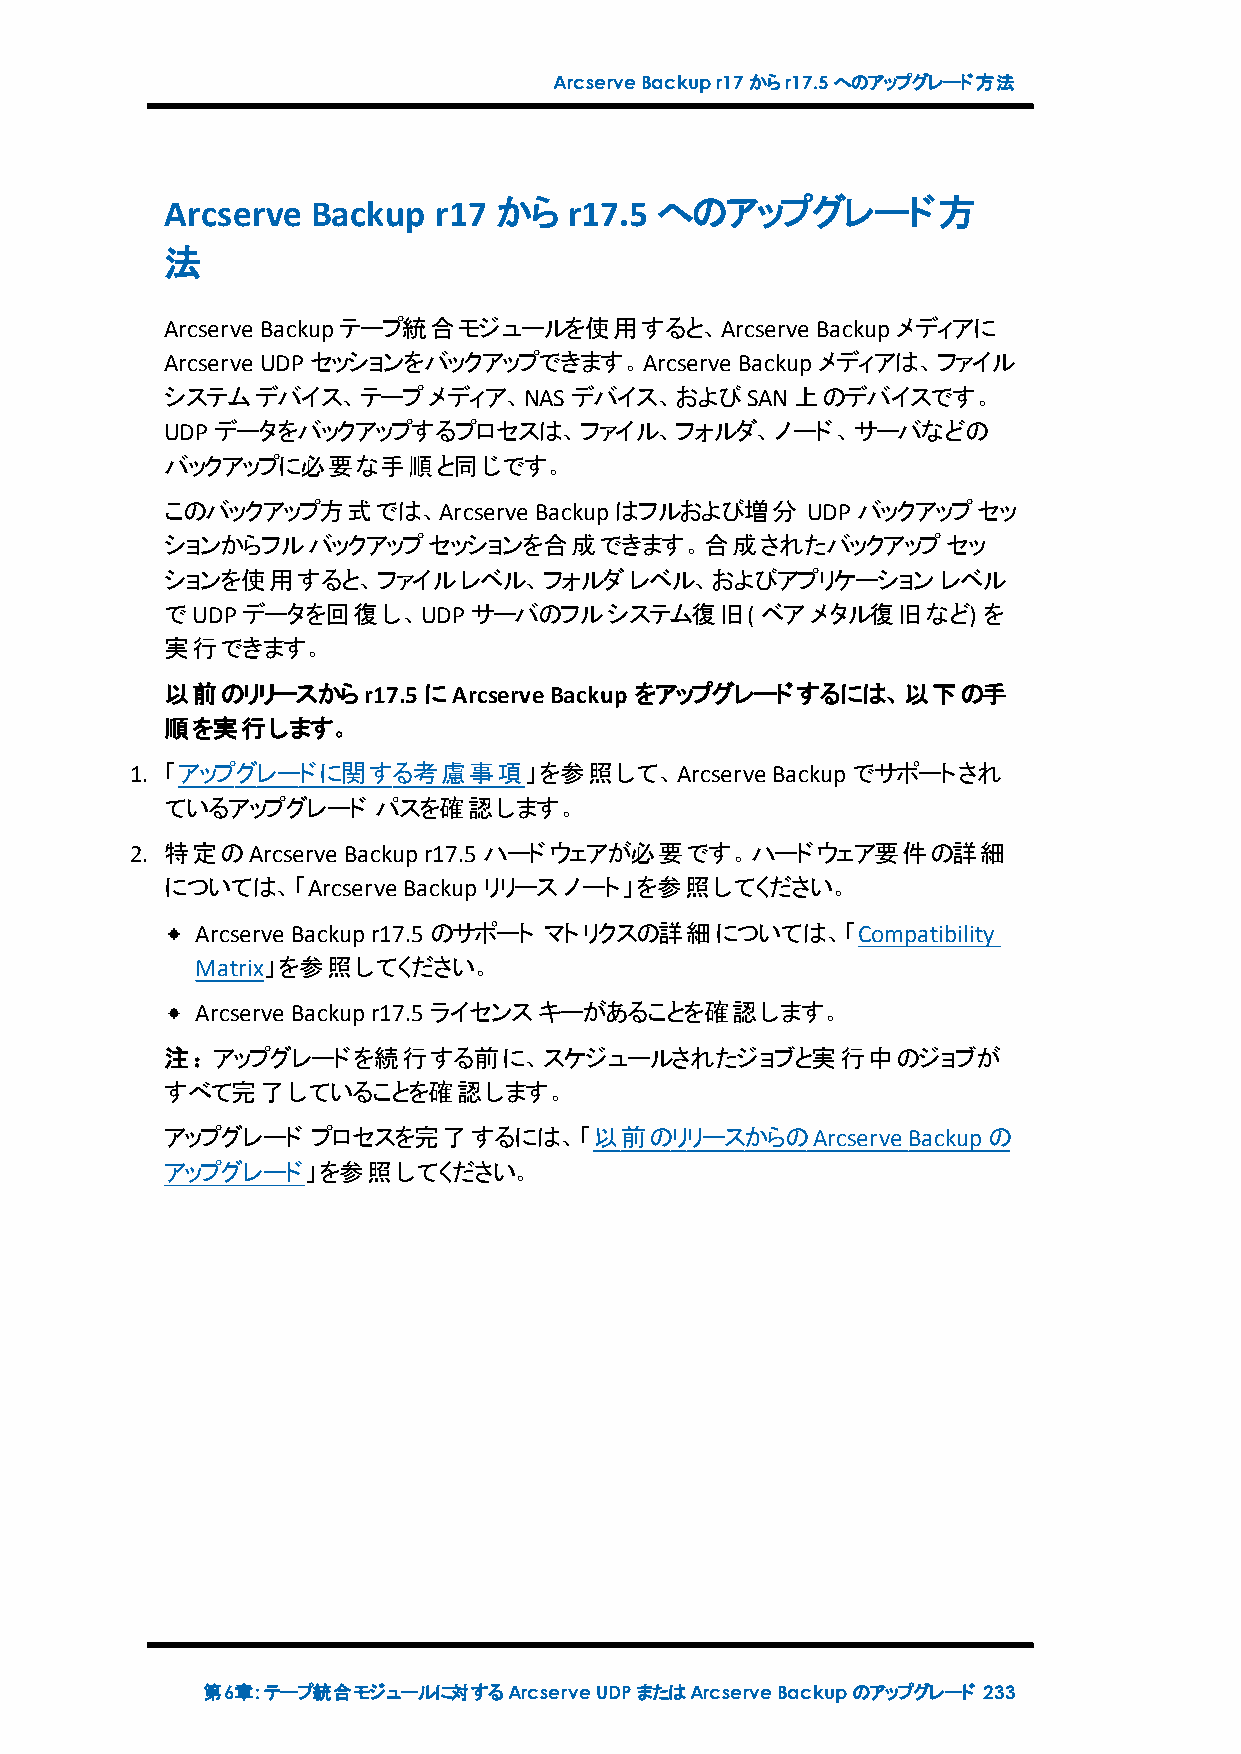
ArcserveBackupr17からr17.5へのアップグレード方法
 Arcserve  Backup  r17 から   r17.5 へのアップグレード方
 法
 Arcserve Backupテープ統合モジュールを使用すると、Arcserve   Backupメディアに
 Arcserve UDPセッションをバックアップできます。Arcserve Backupメディアは、ファイル
 システムデバイス、テープメディア、NASデバイス、およびSAN上のデバイスです。
 UDPデータをバックアップするプロセスは、ファイル、フォルダ、ノード、サーバなどの
 バックアップに必要な手順と同じです。
 このバックアップ方式では、Arcserve   Backupはフルおよび増分    UDPバックアップセッ
 ションからフルバックアップセッションを合成できます。合成されたバックアップセッ
 ションを使用すると、ファイルレベル、フォルダレベル、およびアプリケーションレベル
 でUDPデータを回復し、UDPサーバのフルシステム復旧(           ベアメタル復旧など)     を
 実行できます。
 以前のリリースからr17.5にArcserveBackup  をアップグレードするには、以下の手
 順を実行します。
 1. 「アップグレードに関する考慮事項」を参照して、Arcserve        Backupでサポートされ
 ているアップグレード    パスを確認します。
 2. 特定のArcserve Backupr17.5ハードウェアが必要です。ハードウェア要件の詳細
 については、「Arcserve Backupリリースノート」を参照してください。
 Arcserve Backupr17.5のサポート マトリクスの詳細については、「Compatibility
 Matrix」を参照してください。
 Arcserve Backupr17.5ライセンスキーがあることを確認します。
 注：アップグレードを続行する前に、スケジュールされたジョブと実行中のジョブが
 すべて完了していることを確認します。
 アップグレード   プロセスを完了するには、「以前のリリースからのArcserve        Backupの
 アップグレード」を参照してください。
 第6章:テープ統合モジュールに対するArcserveUDPまたはArcserveBackupのアップグレード 233